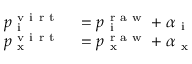
\begin{array} { r l } { p _ { \mathrm { ~ i ~ } } ^ { \mathrm { ~ v ~ i ~ r ~ t ~ } } } & { { } = p _ { \mathrm { ~ i ~ } } ^ { \mathrm { ~ r ~ a ~ w ~ } } + \alpha _ { \mathrm { ~ i ~ } } } \\ { p _ { \mathrm { ~ x ~ } } ^ { \mathrm { ~ v ~ i ~ r ~ t ~ } } } & { { } = p _ { \mathrm { ~ x ~ } } ^ { \mathrm { ~ r ~ a ~ w ~ } } + \alpha _ { \mathrm { ~ x ~ } } } \end{array}